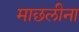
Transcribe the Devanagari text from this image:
माछलीना